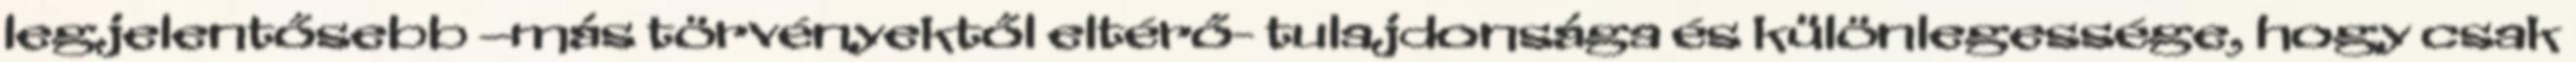
legjelentősebb –más törvényektől eltérő- tulajdonsága és különlegessége, hogy csak